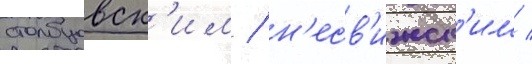
столбцовск'им / н'есв'ижск'им /